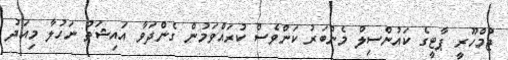
ޖުމްހޫރީ ޕާޓީގެ ކައުންސިލް މެންބަރު ކަންވެސް ކުރައްވަމުން ގެންދަވާ އައިޝަތު ނަހުލާ މިއަދު